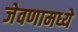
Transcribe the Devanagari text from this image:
जेवणामध्ये